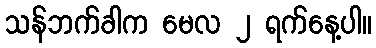
သန်ဘက်ခါက မေလ ၂ ရက်နေ့ပါ။